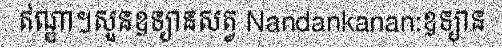
ឥណ្ឌា។សួនឧទ្យានសត្វ Nandankanan:ឧទ្យាន